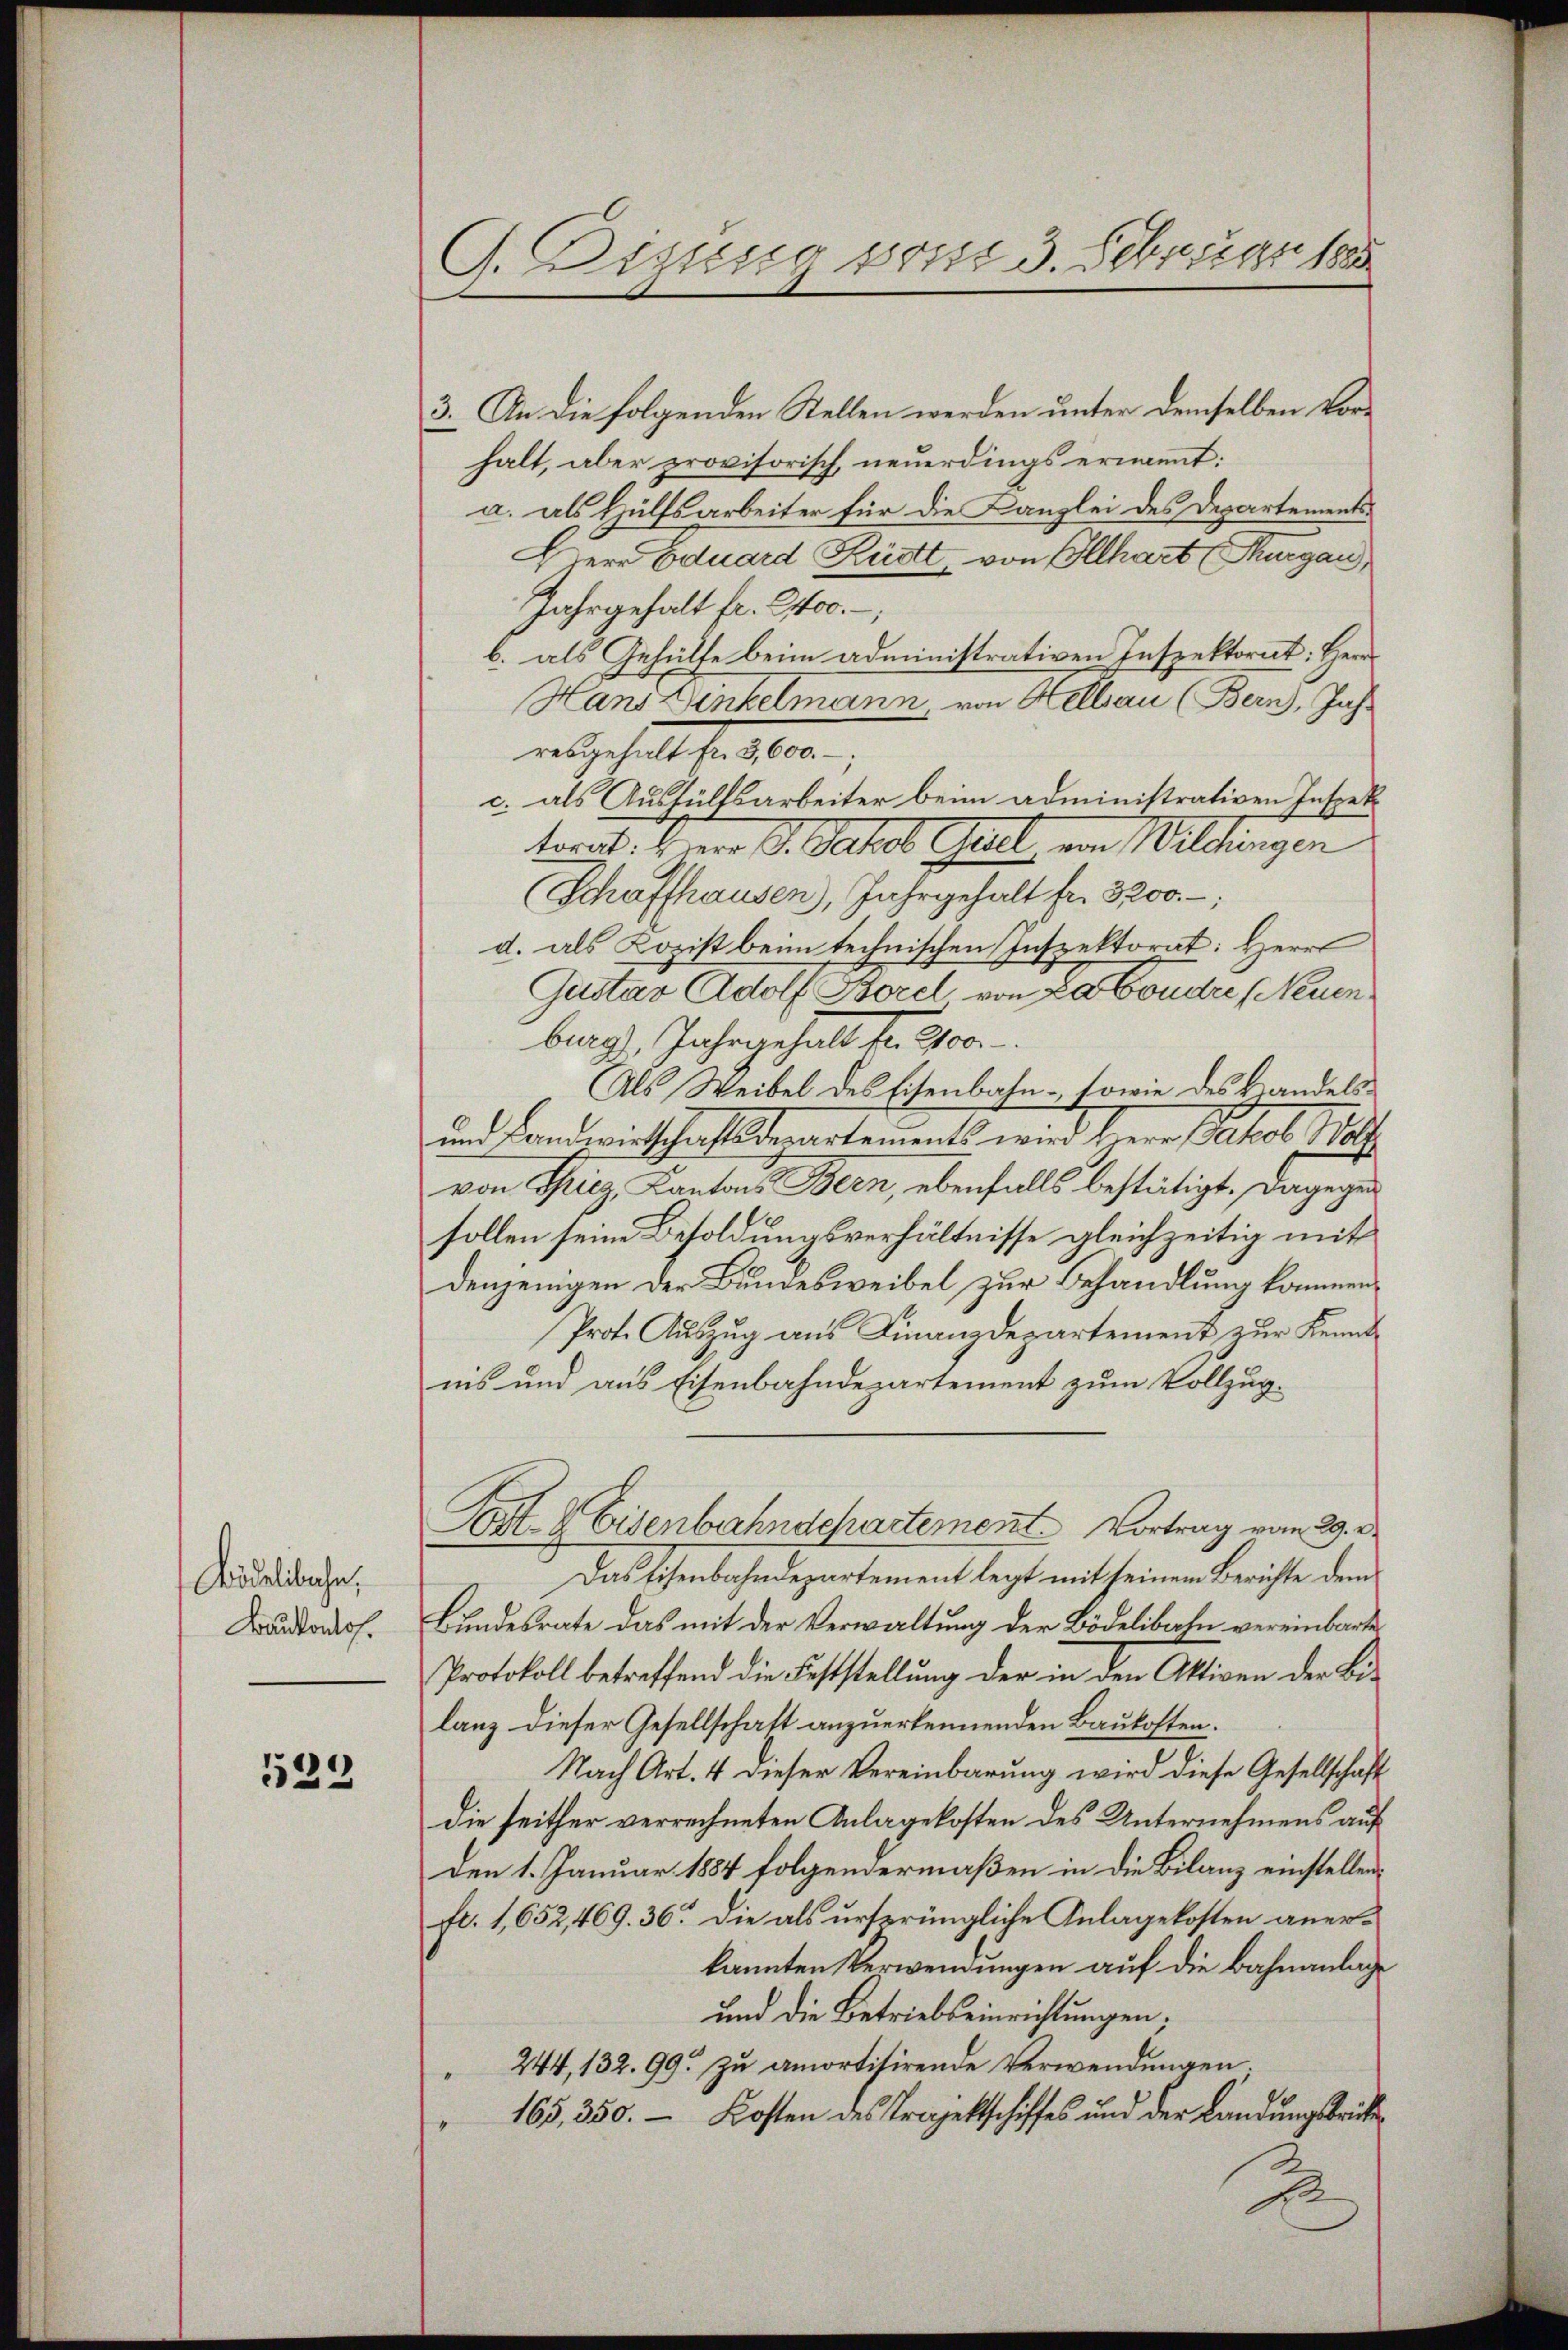
Bidelibache,
Bauskonto.

129

G. Digung von 3. Februart

3. An die folgenden Stellen werden unter demselben Vorhalt, aber provisorisch, neuerdings ernannt:
a. als Hülfsarbeiter für die Kanzlei des Departements¬
Herr Eduard Küstt, von Illhart (Thurgau,
Jahrgehalt fr. 2400. –
b. als Gehülfe beim administrativen Inspektorat: Herr
Hand Dinkelmann von Kellnau (Bern, Jahr
desgesellsche de
c. als Aushülfsarbeiter beim administrativen Inspektorat. Herr Dr. Wahl Gall von Wildingen
(Schaffhausen, Jahrgehalt fr. 3200.
d. als Kozist beim technischen Inspektorat: Herrl
Gustav Adolf Borel von Landere Neuen
burg, Jahr gehalt fr. 200.
Als Weibel des Eisenbahn - sowie des Handels¬
und Landwirtschafts derartements wird Herr Packel, Wal
von Fricz Cantons Bern, ebenfalls bestätigt. Dagegen
sollen seine Besoldungsverhältnisse gleichzeitig mit
denjenigen der Bundesweibel zur Behandlung kommen.
Prot. Auszug aus Finanzdepartement zur Kenntnis und aus Eisenbahndepartement zum Vollzug.
Post- & Eisenbahndepartement. Vortrag vom 29. d.
Das Eisenbahndepartement legt mit seinem Berichte dem
Bundesrate das mit der Verwaltung der Bödelibaln vereinbarte
Protokoll betreffend die Feststellung der in den Aktiven der Bilanz dieser Gesellschaft anzuerkennenden Baukosten.
Nach Art. 4 dieser Vereinbarung wird diese Gesellschaft
die seither verrechneten Anlagekosten des Unternehmens auf
Den 1. Januar 1884 folgendermaßen in die Bilanz einstellen
fl. 1,652,469. 36. Die als ursprüngliche Anlage kosten anerkannten Verwendungen auf die Bahnanlage
und die Betriebseinrichtungen;
244, 132. 99. zu amortisirende Verwendungen.
165, 350. – Kosten des Projektschiffes und der Landungsbrücke
2